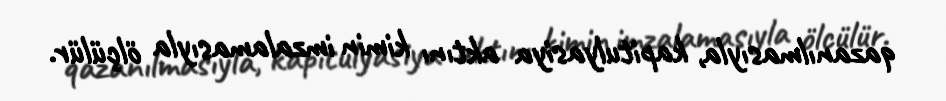
qazanılmasıyla, kapitulyasiya aktını kimin imzalamasıyla ölçülür.